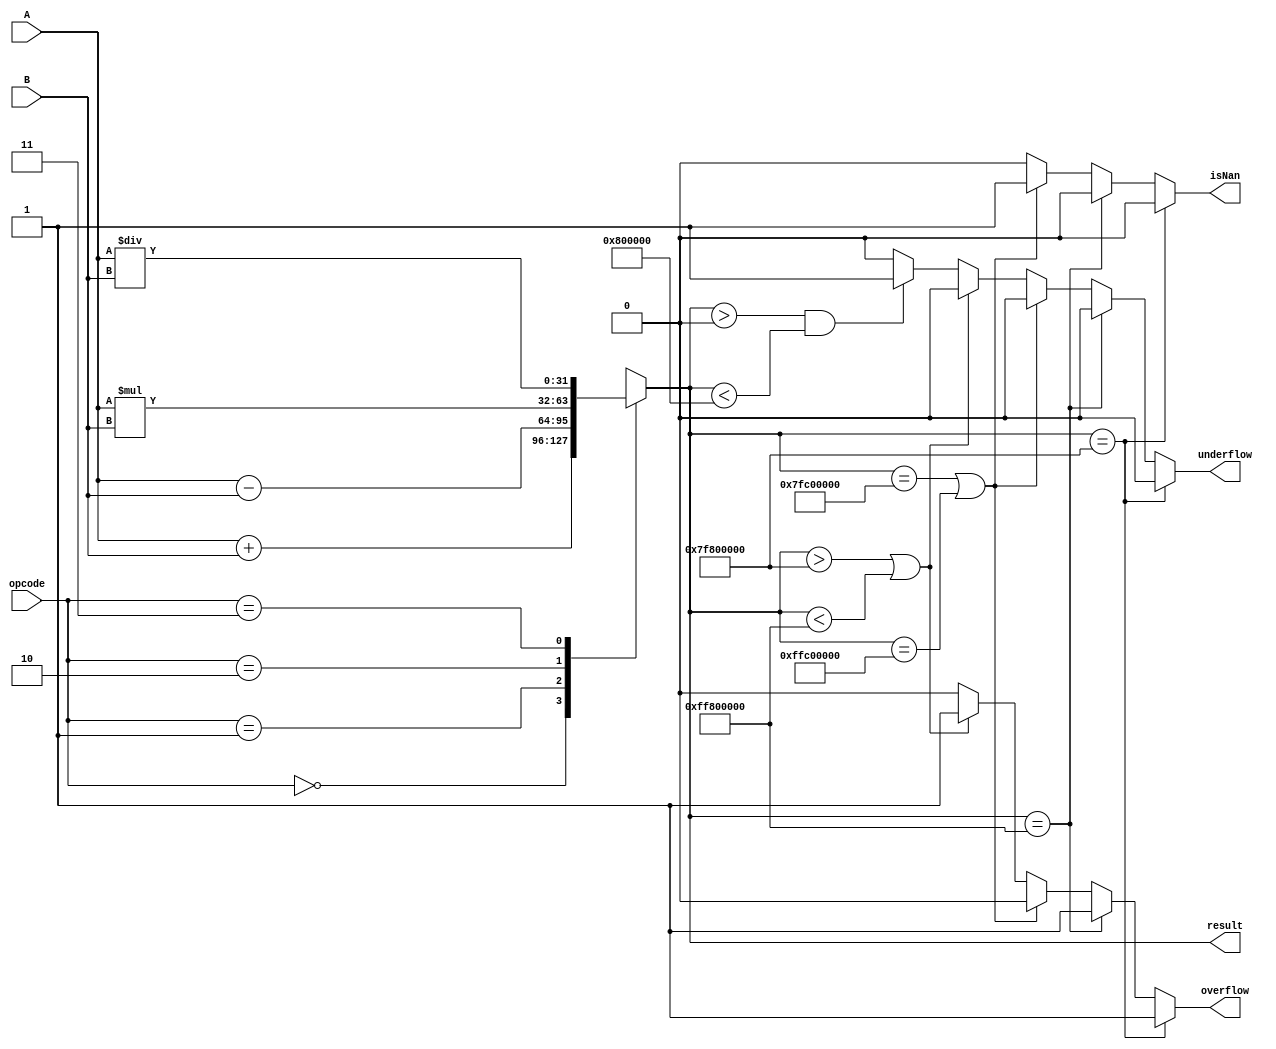
module FloatingPointALU (
    input wire [31:0] A,
    input wire [31:0] B,
    input wire [2:0] opcode,
    output reg [31:0] result,
    output reg overflow,
    output reg underflow,
    output reg isNan
);

reg [31:0] add_result;
reg [31:0] sub_result;
reg [31:0] mul_result;
reg [31:0] div_result;

always @ (A or B or opcode) begin
    case(opcode)
        3'b000: begin // Adder
            add_result = A + B;
            result = add_result;
        end
        
        3'b001: begin // Subtractor
            sub_result = A - B;
            result = sub_result;
        end
        
        3'b010: begin // Multiplier
            mul_result = A * B;
            result = mul_result;
        end
        
        3'b011: begin // Divider
            div_result = A / B;
            result = div_result;
        end
        
        default: result = 32'hxxxx_xxxx; // Invalid opcode
    endcase
end

// Control unit for handling exceptions
always @* begin
    if(result == 32'h7F800000) begin // Positive Infinity
        overflow = 1;
        underflow = 0;
        isNan = 0;
    end
    else if(result == 32'hFF800000) begin // Negative Infinity
        overflow = 1;
        underflow = 0;
        isNan = 0;
    end
    else if(result == 32'h7FC00000 || result == 32'hFFC00000) begin // NaN values
        overflow = 0;
        underflow = 0;
        isNan = 1;
    end
    else if(result > 32'h7F800000 || result < 32'hFF800000) begin // Overflow
        overflow = 1;
        underflow = 0;
        isNan = 0;
    end
    else if(result > 0 && result < 32'h00800000) begin // Underflow
        overflow = 0;
        underflow = 1;
        isNan = 0;
    end
    else begin
        overflow = 0;
        underflow = 0;
        isNan = 0;
    end
end

endmodule